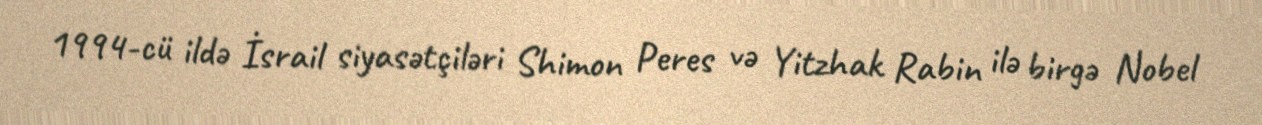
1994-cü ildə İsrail siyasətçiləri Shimon Peres və Yitzhak Rabin ilə birgə Nobel